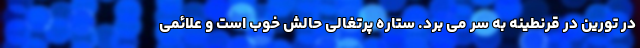
در تورین در قرنطینه به سر می برد. ستاره پرتغالی حالش خوب است و علائمی